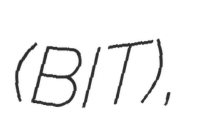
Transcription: (BIT),